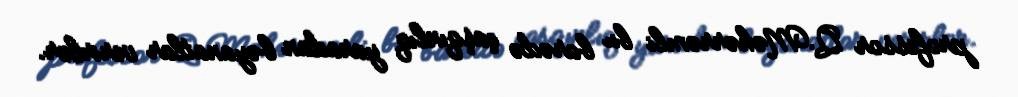
professor Q.Məhərrəmli bu barədə çaşqınlıq yaradan bəyanatlar verirlər.